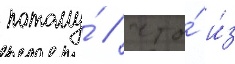
потому́ / что́ и́з